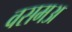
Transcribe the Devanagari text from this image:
वसमअ